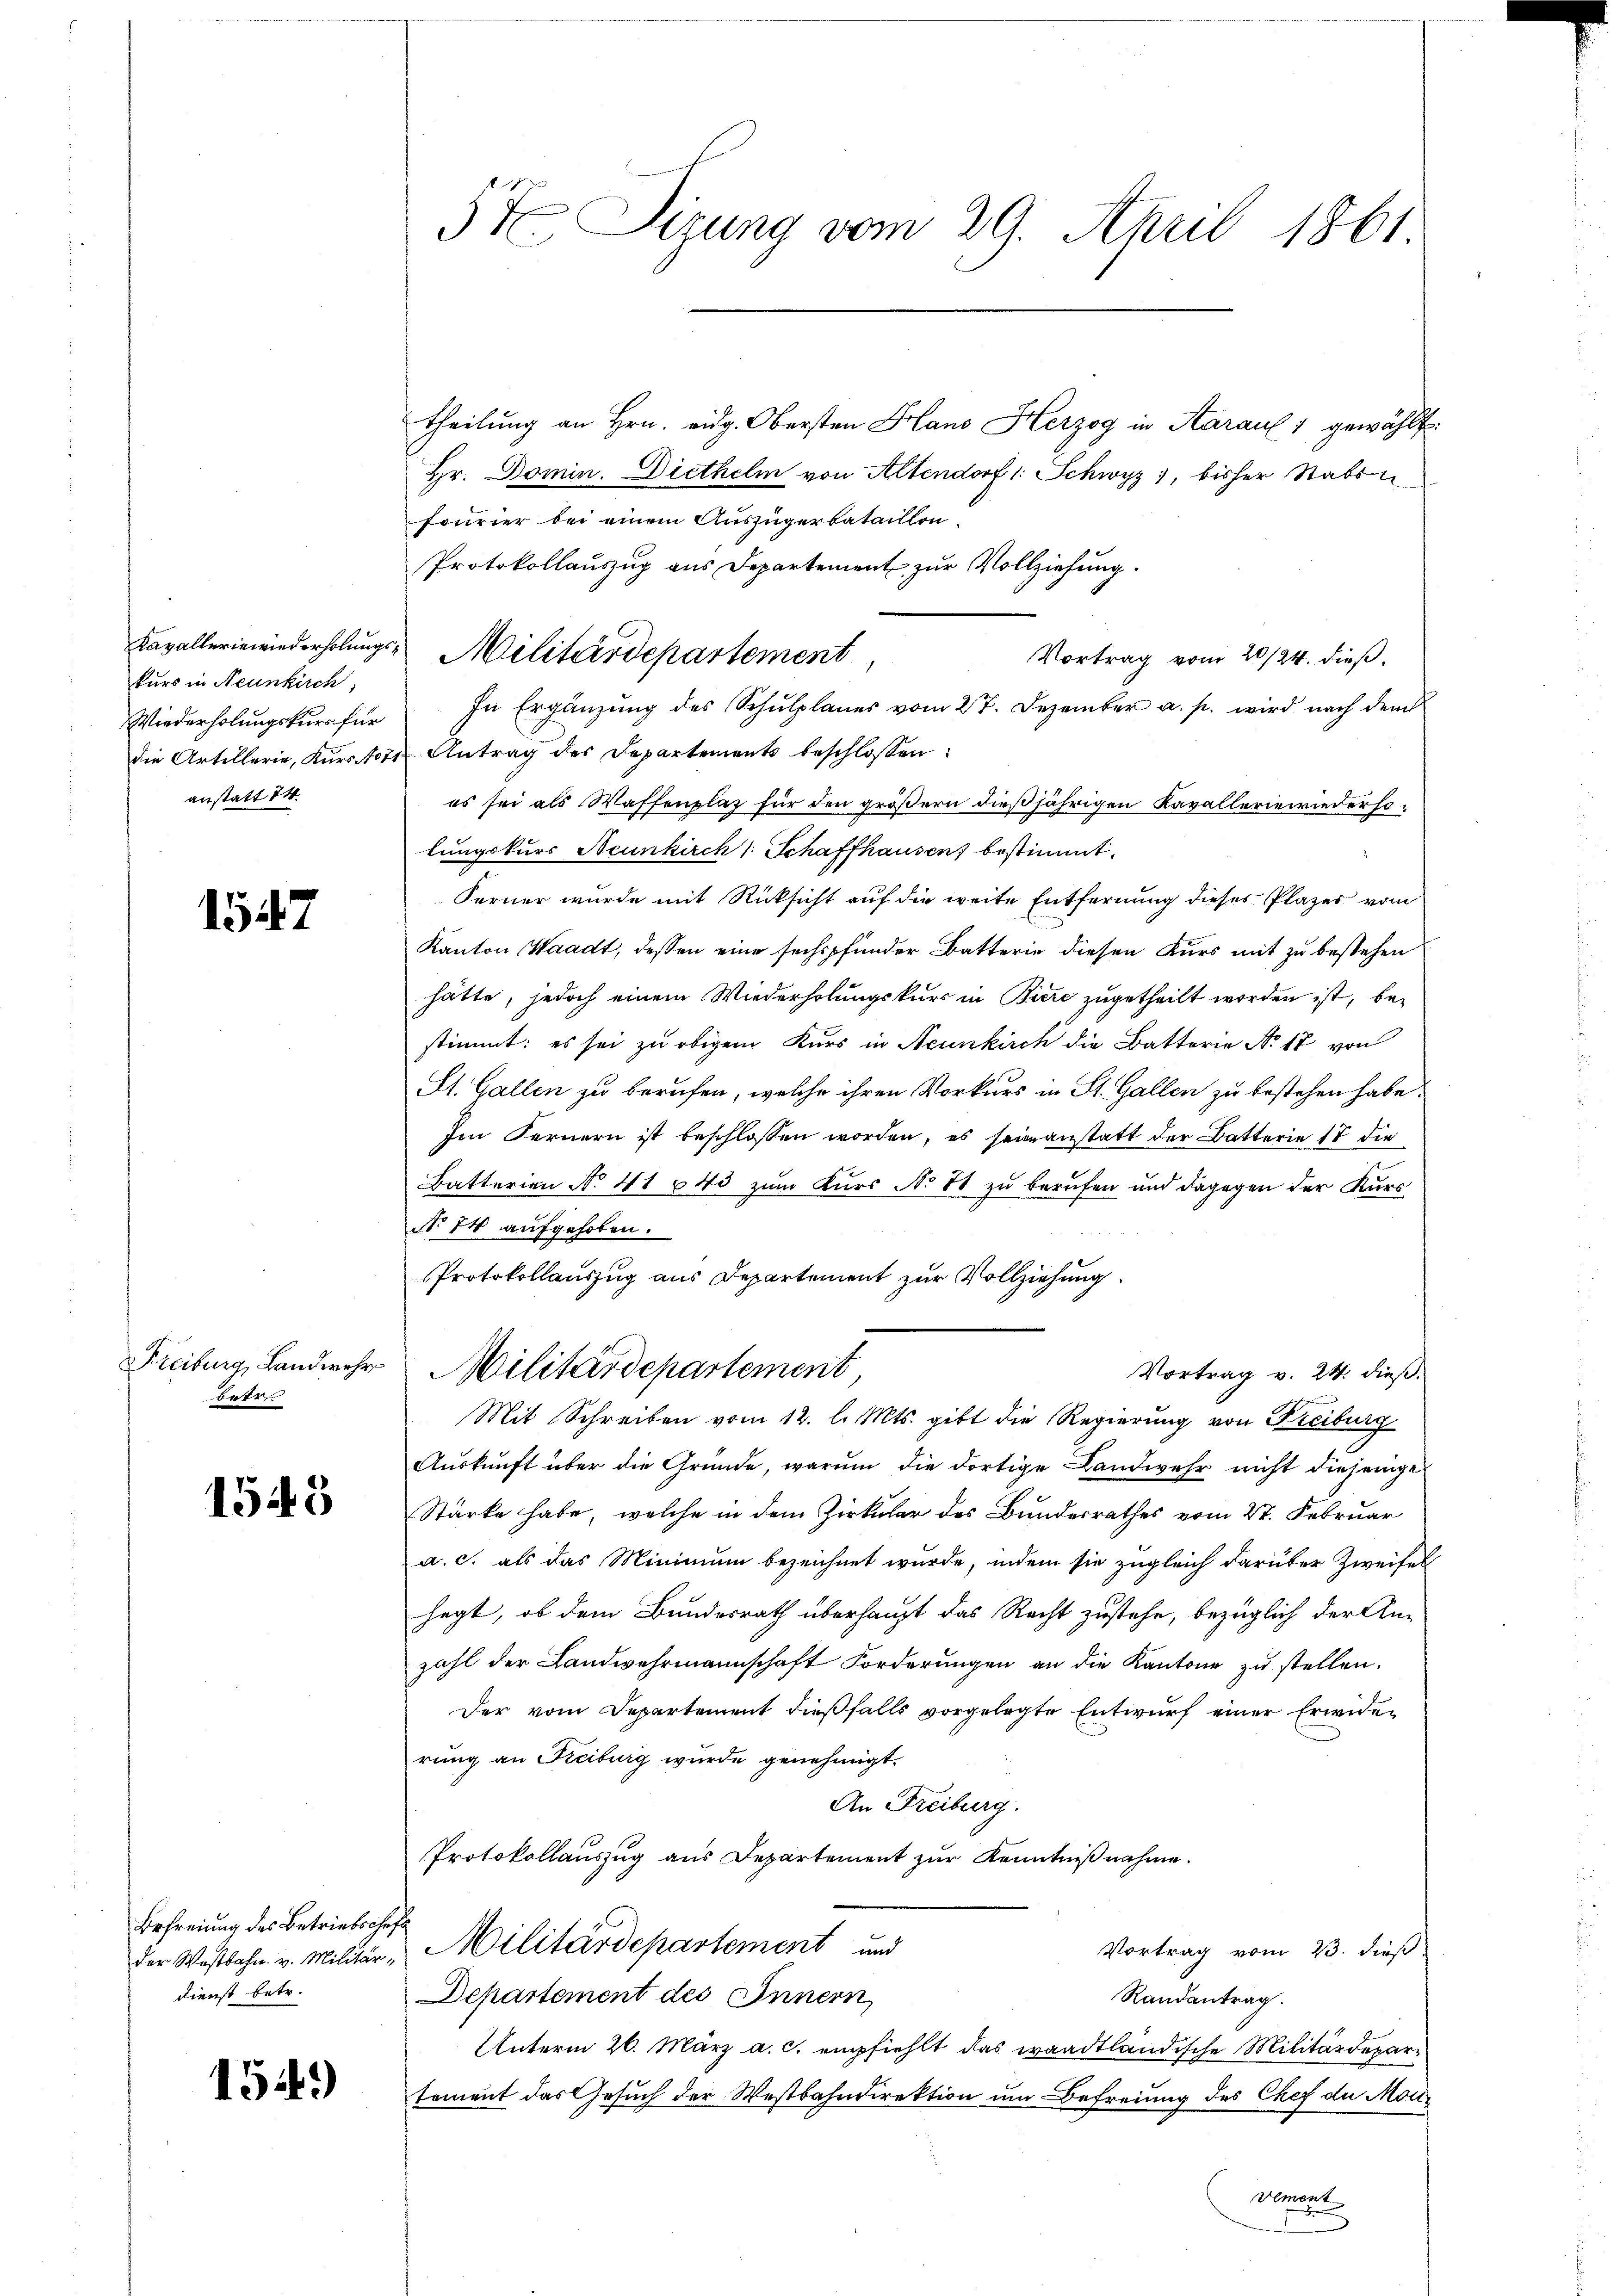
kurs in Neunkirch,
anstatt 24.

1547

batr

1543

Befreiung des Betriebschaft
Dienst betr.

154)

theilung an Hrn. eidg. Obersten Hans Herzog in Aarauf 1 gewählt.
Hr. Domin. Diethelm von Altendorf 1: Schwyz, bisher Stabson¬
Fourier bei einem Auszügerbataillon
Protokollauszug aus Departement zur Vollziehung.
Vortrag vom 20/24. dieß.
Wiederholŭngskŭrs für In Ergänzŭng des Schŭlplanes vom 27. Dezember a. p. wird nach dem
die Artillerie, Kurstors Antrag des Departements beschlossen:
es sei als Waffenplaz für den größern dießjährigen Kavallerie wiederholungskurs Neunkirch 1 Schaffhausen, bestimmt.
.
Ferner wurde mit Rücksicht auf die weite Entfernung dieses Plazer vom
Kanton Waadt, dessen eine sechspfunder Batterie diesen Kurs mit zu bestehen
hätte, jedoch einem Wiederholungskurs in Biere zugetheilt worden ist, bestimmt: es sei zu obigem Kurs in Neunkirch die Batterie No 17 von
St. Gallen zu berufen, welche ihren Vorkurs in St. Gallen zu bestehen habe.
Im Fernern ist beschlossen worden, es seien anstatt der Batterie 17 die
Batterien No 41 n 43 zum Kurs No 11 zu berufen und dagegen der Kurs
No 74 aufgehoben.
Protokollauszug aus Departement zur Vollziehung
Freiburg, Landwehr Militärdepartement,
Vortrag v. 24. dieß.
Mit Schreiben vom 12. l. Mts. gibt die Regierung von Freiburg
Auskunft über die Gründe, warum die dortige Landwehr nicht diejenige
Stärke habe, welche in dem Zirkular des Bundesrathes vom 27. Februar
a. c. als das Minimum bezeichnet wurde, indem sie zugleich darüber Zweifel
hegt, ob dem Bundesrath überhaupt das Recht zustehe, bezüglich der An-
zahl der Landwehrmannschaft Forderungen an die Kantone zu stellen.
Der vom Departement dießfalls vorgelegte Entwurf einer Erwider
rung an Freiburg wurde genehmigt.
An Freiburg.
Protokollauszug aus Departement zur Kenntnißnahme.
Vortrag vom 23. dieß
der Westbahn. v. Militär-Militärdepartement und
Departement des Innern,
Randantrag.
Unterm 26. März a. c. empfiehlt das waadtländische Militärdepartement das Gesuch der Westbahndirektion um Befreiung des Chef die Mon¬
Vement
.

5t Sizung vom 29. April 1861

Kavallerie wiederholungs- Militärdepartement